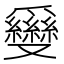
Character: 𠮗